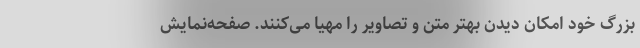
بزرگ خود امکان دیدن بهتر متن و تصاویر را مهیا می‌کنند. صفحه‌نمایش